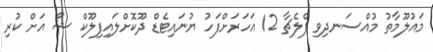
މައުލޫމާތު މުއްސަނދިވި ފްލެޗާ 12 އަހަރަށްފަހު ޔުނައިޓެޑް ދޫކޮށްލައިފިލޫކް ޝޯ އަށް ކުރި